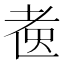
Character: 𱻫